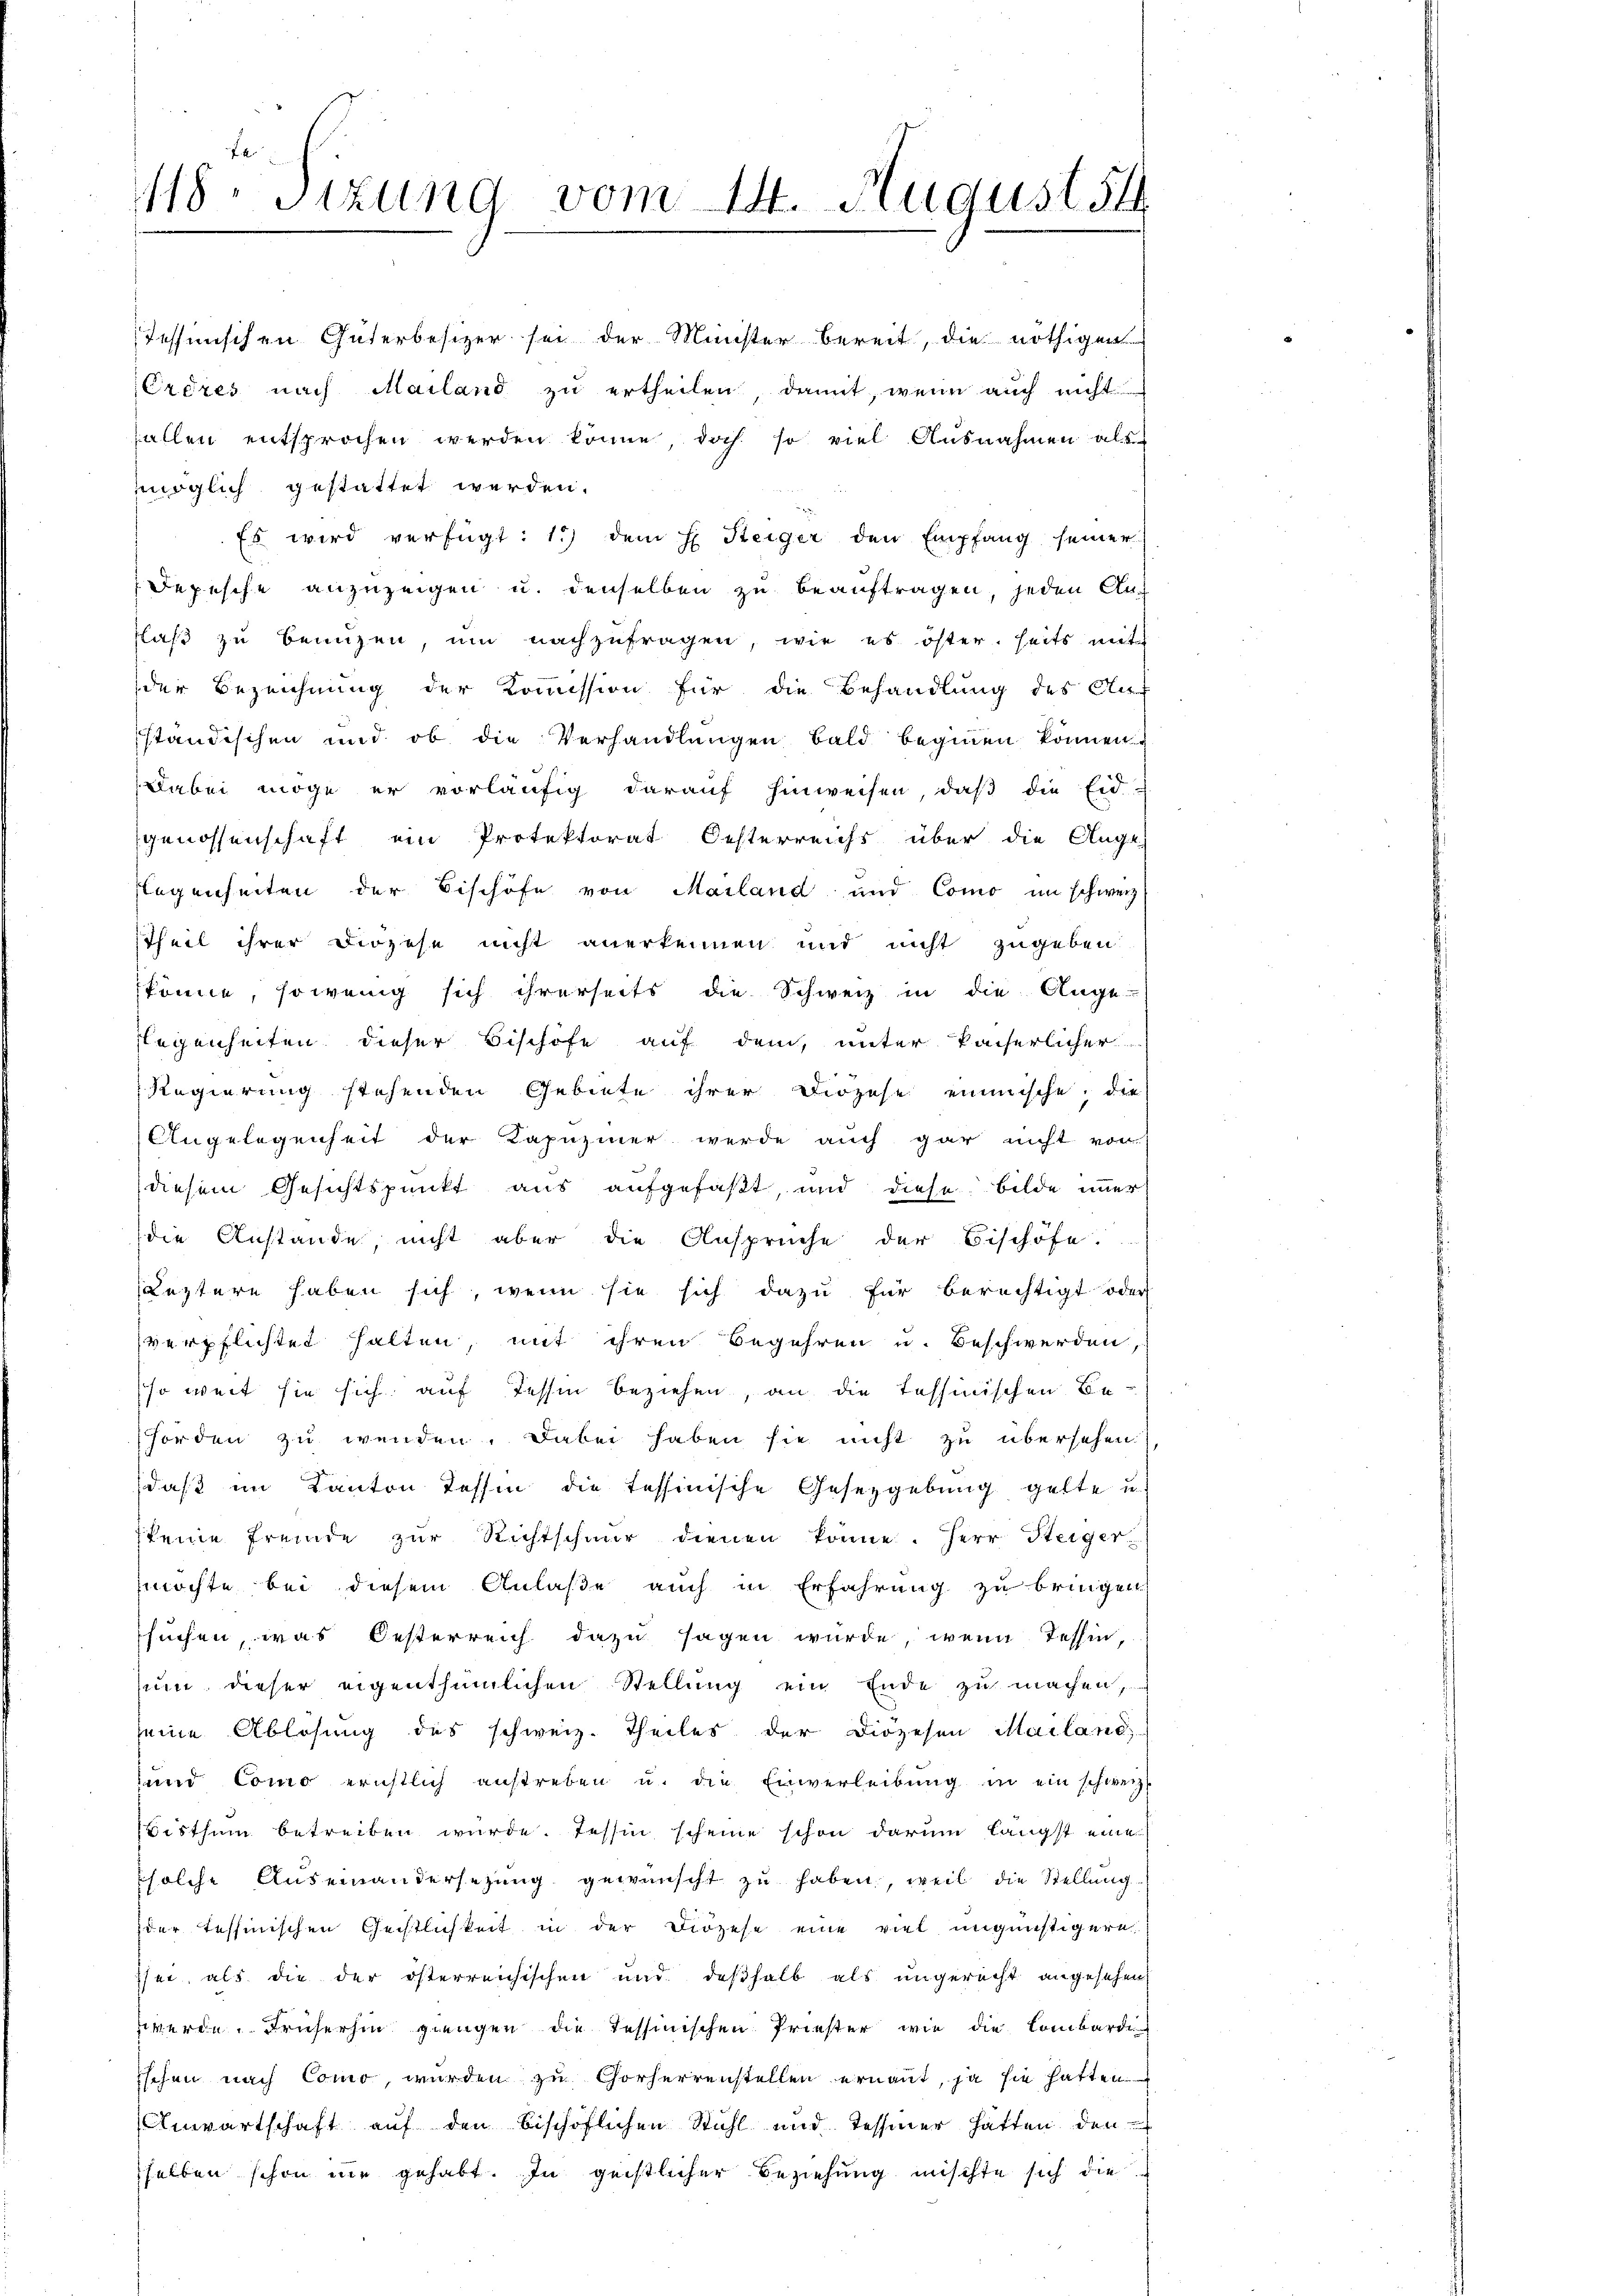
118. Sizung vom 14. August 84
22

Tessinischen Güterbesizer sei der Minister bereit, die nöthigen
Crères nach Mailand zu ertheilen, damit, wenn auch nicht
fallen entsprochen werden könne, doch so viel Ausnahmen als
möglich gestattet werden.
Es wird verfügt: 1.) dem E. Steiger den Empfang seiner
Depesche anzuzeigen u. denselben zu beauftragen, jeden Anflaβ zŭ benuzen, um nachzufragen, wie es öster. heits mit
der Bezeichnung der Kommission für die Behandlung des Auf
ständischen und ob die Verhandlungen bald beginnen können.
Dabei möge er vorläufig darauf hinweisen, daß die Eid-
genossenschaft ein Protektorat Oesterreichs über die Ange-
flegenheiten der Bischöfe von Mailand und Como im schweiz
Theil ihrer Diözese nicht anerkennen und nicht zugeben
könne, sowenig sich ihrerseits die Schweiz in die Auge
legenheiten dieser Bischöfe auf dem, unter kaiserlicher
Regierung stehenden Gebiete ihrer Diözese eimische, die
Angelegenheit der Kapuziner werde auch gar nicht von
diesem Gesichtspunkt aus aufgefaßt, und diese bilde immer
die Anstande, nicht aber die Ansprüche der Bischöfe.
Leztere haben sich, wenn sie sich dazu für berechtigt oder
verpflichtet halten, mit ihren Begehren u. Beschwerden,
so weit sie sich auf Tessin beziehen, an die Tessinischen Behörden zu wenden. Dabei haben sie nicht zu übersehen
daß im Kanton Tessin die tessinische Gesetzgebung gelte u.
keine fremde zur Richtschmir dienen könne. Herr Steiger
möchte bei diesem Anlaße auch in Erfahrung zu bringen
suchen, was Oesterreich dazu sagen wurde, wenn Tessin,
um dieser eigenthümlichen Stellung ein Ende zu machen,
seine Ablösung des schweiz. Theiles der Diözesen Mailand,
und Como ernstlich anstreben u. die Einverleibŭng in ein schweiz.
Bisthum betreiben wurde. Tessin scheine schon darum längst eine
solche Auseinandersetzŭng gewünscht zŭ haben, weil die Stellung
der Tessinischen Geistlichkeit in der Diözese eine viel ungünstigere
sei, als die der österreichischen und deßhalb als ungerecht angesehen
zwerde. Frücherhin gingen die Tessinischen Priester wie die Lombardiischen nach Como, wurden zu Chorherrenstellen ernannt, ja sie hattenes
Anwartschaft auf den bischöflichen Stuhl und Tessiner hatten, den
selben schon nie gehabt. In geistlicher Beziehung mischte sich die